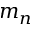
m _ { n }